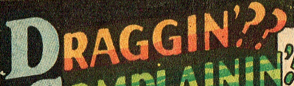
DRAGGIN'??